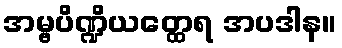
အမ္ဗပိဏ္ဍိယတ္ထေရ အပဒါန။